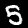
Label: 5